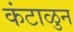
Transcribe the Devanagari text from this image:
कंटाळुन